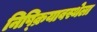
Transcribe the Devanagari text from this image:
निष्क्रियावस्थेला